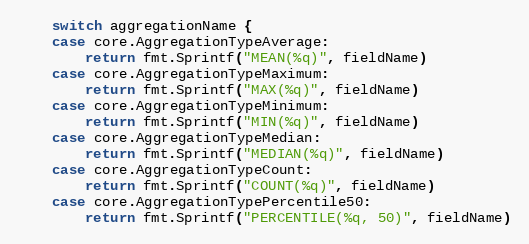
Language: Go
	switch aggregationName {
	case core.AggregationTypeAverage:
		return fmt.Sprintf("MEAN(%q)", fieldName)
	case core.AggregationTypeMaximum:
		return fmt.Sprintf("MAX(%q)", fieldName)
	case core.AggregationTypeMinimum:
		return fmt.Sprintf("MIN(%q)", fieldName)
	case core.AggregationTypeMedian:
		return fmt.Sprintf("MEDIAN(%q)", fieldName)
	case core.AggregationTypeCount:
		return fmt.Sprintf("COUNT(%q)", fieldName)
	case core.AggregationTypePercentile50:
		return fmt.Sprintf("PERCENTILE(%q, 50)", fieldName)